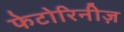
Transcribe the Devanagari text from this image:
फेटोरिनीज़